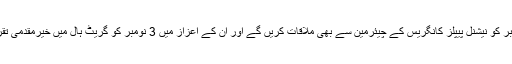
وزیراعظم 3 نومبر کو نیشنل پیپلز کانگریس کے چیئرمین سے بھی ملاقات کریں گے اور ان کے اعزاز میں 3 نومبر کو گریٹ ہال میں خیرمقدمی تقریب منعقد ہو گی۔